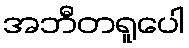
အဘီတရူပေါ